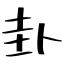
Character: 卦